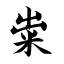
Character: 粜